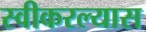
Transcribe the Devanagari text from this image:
स्वीकरल्यास